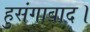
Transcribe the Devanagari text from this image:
हुसंगाबाद।